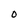
Character: o